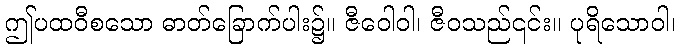
ဤပထဝီစသော ဓာတ်ခြောက်ပါး၌။ ဇီဝေါဝါ၊ ဇီဝသည်၎င်း။ ပုရိသောဝါ၊